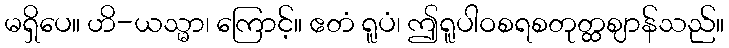
မရှိပေ။ ဟိ-ယသ္မာ၊ ကြောင့်။ ဧတံ ရူပံ၊ ဤရူပါဝစရစတုတ္ထဈာန်သည်။